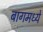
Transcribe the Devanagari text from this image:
बागमध्ये